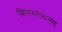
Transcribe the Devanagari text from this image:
विमानतळासह